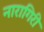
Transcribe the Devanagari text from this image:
नारागिरी